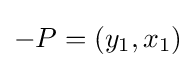
-P=(y_{1},x_{1})